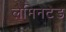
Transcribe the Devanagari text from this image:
लैमिनेटेड